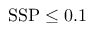
\mathrm { S S P \le 0 . 1 }